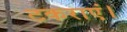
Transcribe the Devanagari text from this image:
टकराएं।